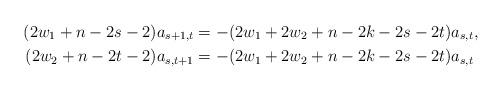
LaTeX: \begin{align*} (2w_1 + n - 2s - 2)a_{s+1,t} & = -(2w_1 + 2w_2 + n - 2k - 2s - 2t)a_{s,t} , \\ (2w_2 + n - 2t - 2)a_{s,t+1} & = -(2w_1 + 2w_2 + n - 2k - 2s - 2t)a_{s,t} \end{align*}